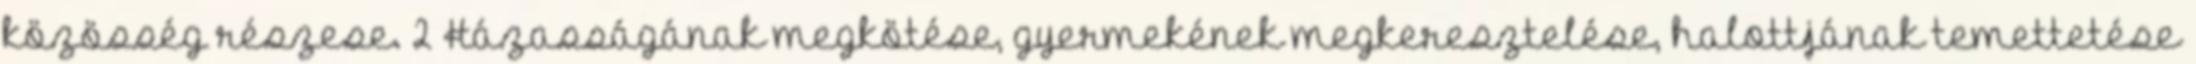
közösség részese. 2 Házasságának megkötése, gyermekének megkeresztelése, halottjának temettetése